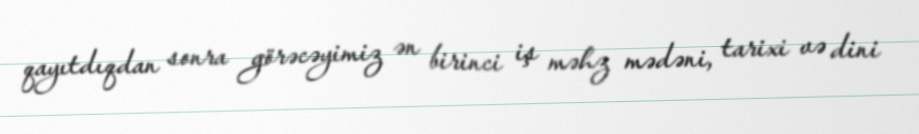
qayıtdıqdan sonra görəcəyimiz ən birinci iş məhz mədəni, tarixi və dini